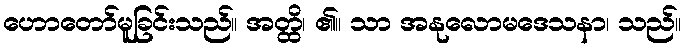
ဟောတော်မူခြင်းသည်။ အတ္ထိ၊ ၏။ သာ အနုလောမဒေသနာ၊ သည်။